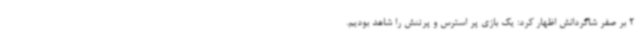
2 بر صفر شاگردانش اظهار کرد: یک بازی پر استرس و پرتنش را شاهد بودیم.